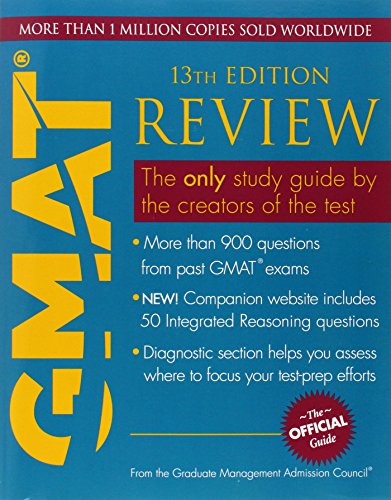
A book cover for The Official Guide for GMAT Review; GMAC (Graduate Management Admission Council); Test Preparation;